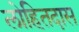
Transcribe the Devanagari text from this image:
लोहितदास